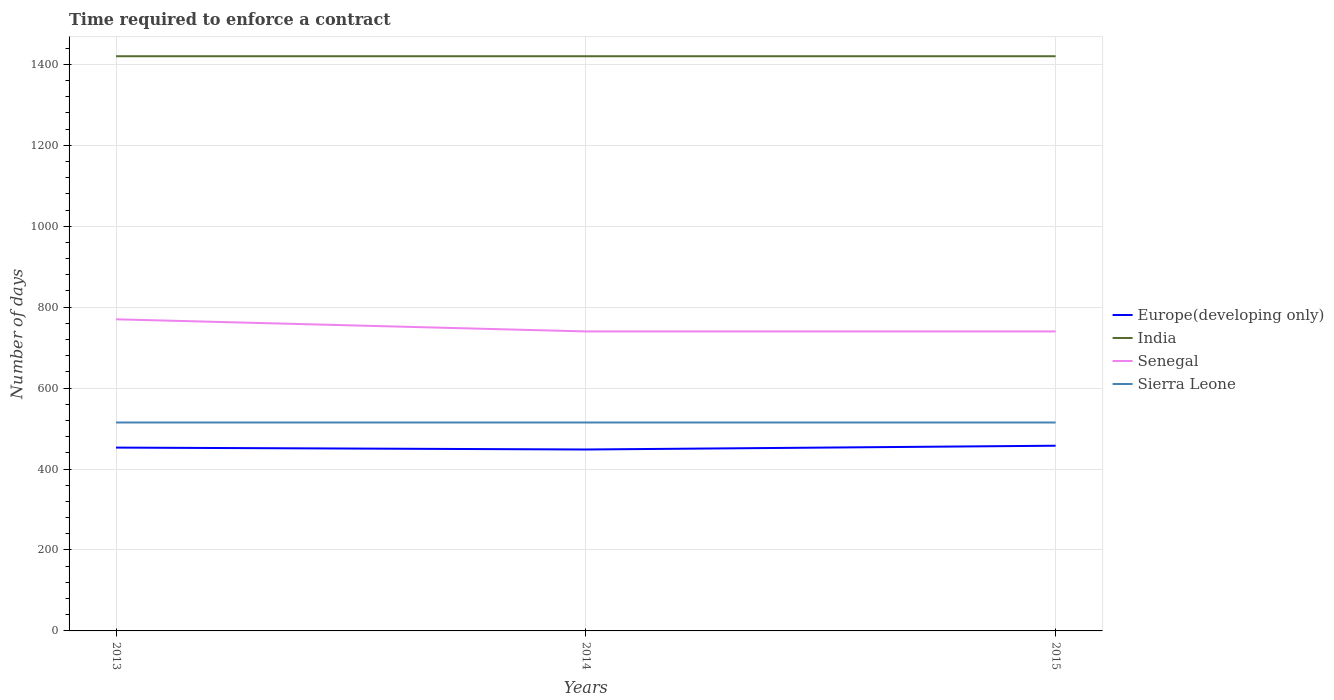
| Years | Europe(developing only) | India | Senegal | Sierra Leone |
 | --- | --- | --- | --- | --- |
 | 2013 | 453 | 1.42e+03 | 770 | 515 |
 | 2014 | 448 | 1.42e+03 | 740 | 515 |
 | 2015 | 458 | 1.42e+03 | 740 | 515 |